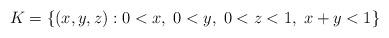
LaTeX: \begin{align*} K = \{(x,y,z): 0<x ,\; 0<y,\; 0<z<1,\; x+y<1 \}\end{align*}